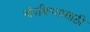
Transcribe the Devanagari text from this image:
नोंदविण्यासाठी